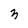
Character: 3